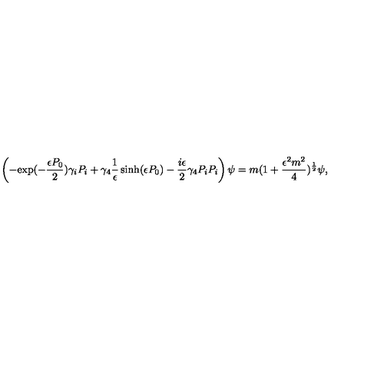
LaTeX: \left( - { \mathrm { e x p } } ( - \frac { \epsilon P _ { 0 } } { 2 } ) \gamma _ { i } P _ { i } + \gamma _ { 4 } \frac { 1 } { \epsilon } \sinh ( \epsilon P _ { 0 } ) - \frac { i \epsilon } { 2 } \gamma _ { 4 } P _ { i } P _ { i } \right) \psi = m ( 1 + \frac { \epsilon ^ { 2 } m ^ { 2 } } { 4 } ) ^ { \frac { 1 } { 2 } } \psi ,